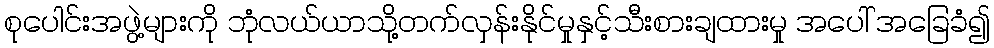
စုပေါင်းအဖွဲ့များကို ဘုံလယ်ယာသို့တက်လှန်းနိုင်မှုနှင့်သီးစားချထားမှု အပေါ် အခြေခံ၍